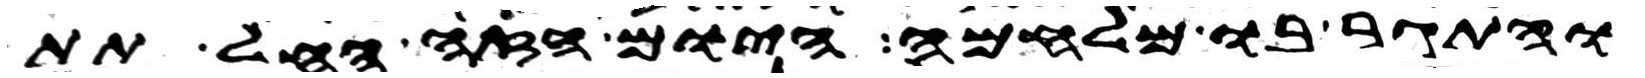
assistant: והתגר בו מלחמה היום הזה החל תת